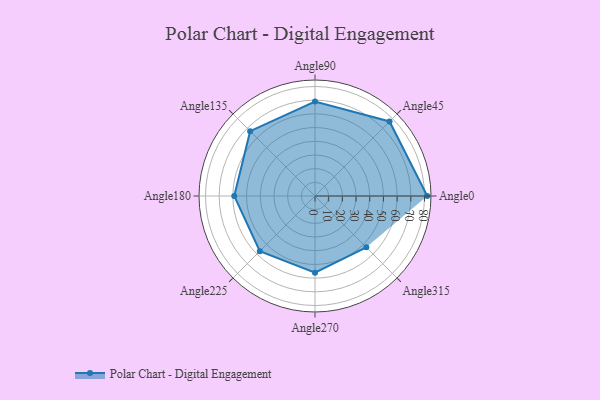
{"axis": {"x": "Angle", "y": "Radius"}, "legend": [""], "data": [{"x": "Angle0", "y": 82.0, "type": ""}, {"x": "Angle45", "y": 77.0, "type": ""}, {"x": "Angle90", "y": 69.0, "type": ""}, {"x": "Angle135", "y": 67.0, "type": ""}, {"x": "Angle180", "y": 59.0, "type": ""}, {"x": "Angle225", "y": 57.0, "type": ""}, {"x": "Angle270", "y": 56.0, "type": ""}, {"x": "Angle315", "y": 53.0, "type": ""}]}